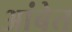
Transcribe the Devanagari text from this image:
आंबेत